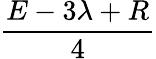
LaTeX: \frac{E-3\lambda+R}{4}